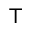
\top